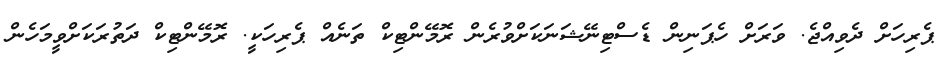
ޕެރިހަށް ދެވިއްޖެ. ވަރަށް ހެޕަނިން ޑެސްޓިނޭޝަނަކަށްވުރެން ރޮމޭންޓިކް ތަނެއް ޕެރިހަކީ. ރޮމޭންޓިކް ދަތުރަކަށްވީމަހެން